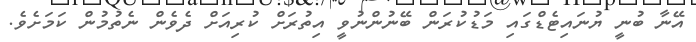
އޭނާ ބުނީ ޔުނައިޓެޑްގައި މަޑުކުރަން ބޭނުންނުވީ އިތުރަށް ކުރިއަށް ދެވެން ނެތުމުން ކަމަށެވެ.